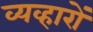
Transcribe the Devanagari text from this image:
व्यव्हारों